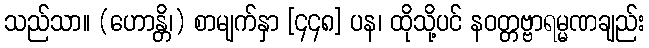
သည်သာ။ (ဟောန္တိ၊) စာမျက်နှာ [၄၄၈] ပန၊ ထိုသို့ပင် နဝတ္တဗ္ဗာရမ္မဏချည်း